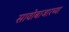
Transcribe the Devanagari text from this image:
सावोबाजारच्या